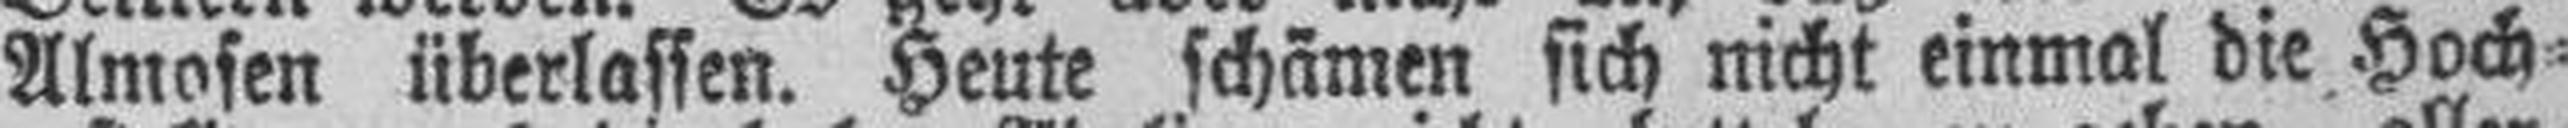
Almosen überlassen. Heute schämen sich nicht einmal die Hoch¬